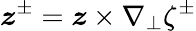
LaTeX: \boldsymbol{z}^{\pm}=\boldsymbol{z}\times\nabla_{\perp}\zeta^{\pm}